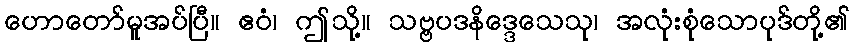
ဟောတော်မူအပ်ပြီ။ ဧဝံ၊ ဤသို့။ သဗ္ဗပဒနိဒ္ဒေသေသု၊ အလုံးစုံသောပုဒ်တို့၏